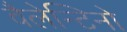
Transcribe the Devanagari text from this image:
वैलेन्टिनो